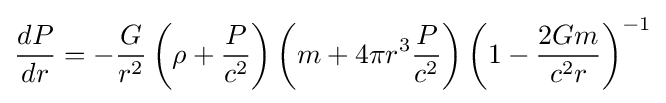
{\frac {dP}{dr}}=-{\frac {G}{r^{2}}}\left(\rho +{\frac {P}{c^{2}}}\right)\left(m+4\pi r^{3}{\frac {P}{c^{2}}}\right)\left(1-{\frac {2Gm}{c^{2}r}}\right)^{-1}